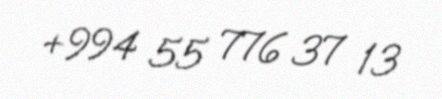
+994 55 776 37 13